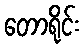
တောရိုင်း